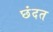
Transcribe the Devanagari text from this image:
छंदत